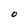
Character: O